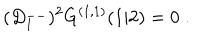
LaTeX: ( D _ { 1 } ^ { -- } ) ^ { 2 } G ^ { ( 1 , 1 ) } ( 1 \vert 2 ) = 0 \; .